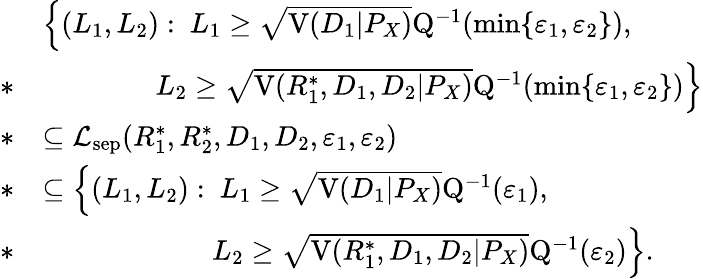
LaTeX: \begin{array}{rl}&{\Big\{ (L_{1},L_{2}):~L_{1}\geq\sqrt{\mathrm{V}(D_{1}|P_{X})}\mathrm{Q}^{-1}(\operatorname*{min}\{ \varepsilon_{1},\varepsilon_{2}\} ),}\\ {*}&{\qquad\qquad L_{2}\geq\sqrt{\mathrm{V}(R_{1}^{*},D_{1},D_{2}|P_{X})}\mathrm{Q}^{-1}(\operatorname*{min}\{ \varepsilon_{1},\varepsilon_{2}\} )\Big\} }\\ {*}&{\subseteq\mathcal{L}_{\mathrm{sep}}(R_{1}^{*},R_{2}^{*},D_{1},D_{2},\varepsilon_{1},\varepsilon_{2})}\\ {*}&{\subseteq\Big\{ (L_{1},L_{2}):~L_{1}\geq\sqrt{\mathrm{V}(D_{1}|P_{X})}\mathrm{Q}^{-1}(\varepsilon_{1}),}\\ {*}&{\qquad\qquad\qquad L_{2}\geq\sqrt{\mathrm{V}(R_{1}^{*},D_{1},D_{2}|P_{X})}\mathrm{Q}^{-1}(\varepsilon_{2})\Big\} .}\end{array}